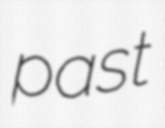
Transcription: past